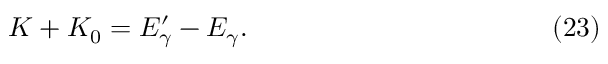
K + K _ { 0 } = E _ { \gamma } ^ { \prime } - E _ { \gamma } . \eqno ( 2 3 )